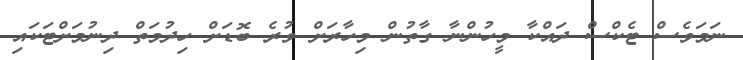
ނަމަވެސް ޓެކްސް ދައްކާ މީހުންނާ ގާތުން މިހާރަށް ވުރެ ބޮޑަށް ހިދުމަތް ދިނުމަށްޓަކައި